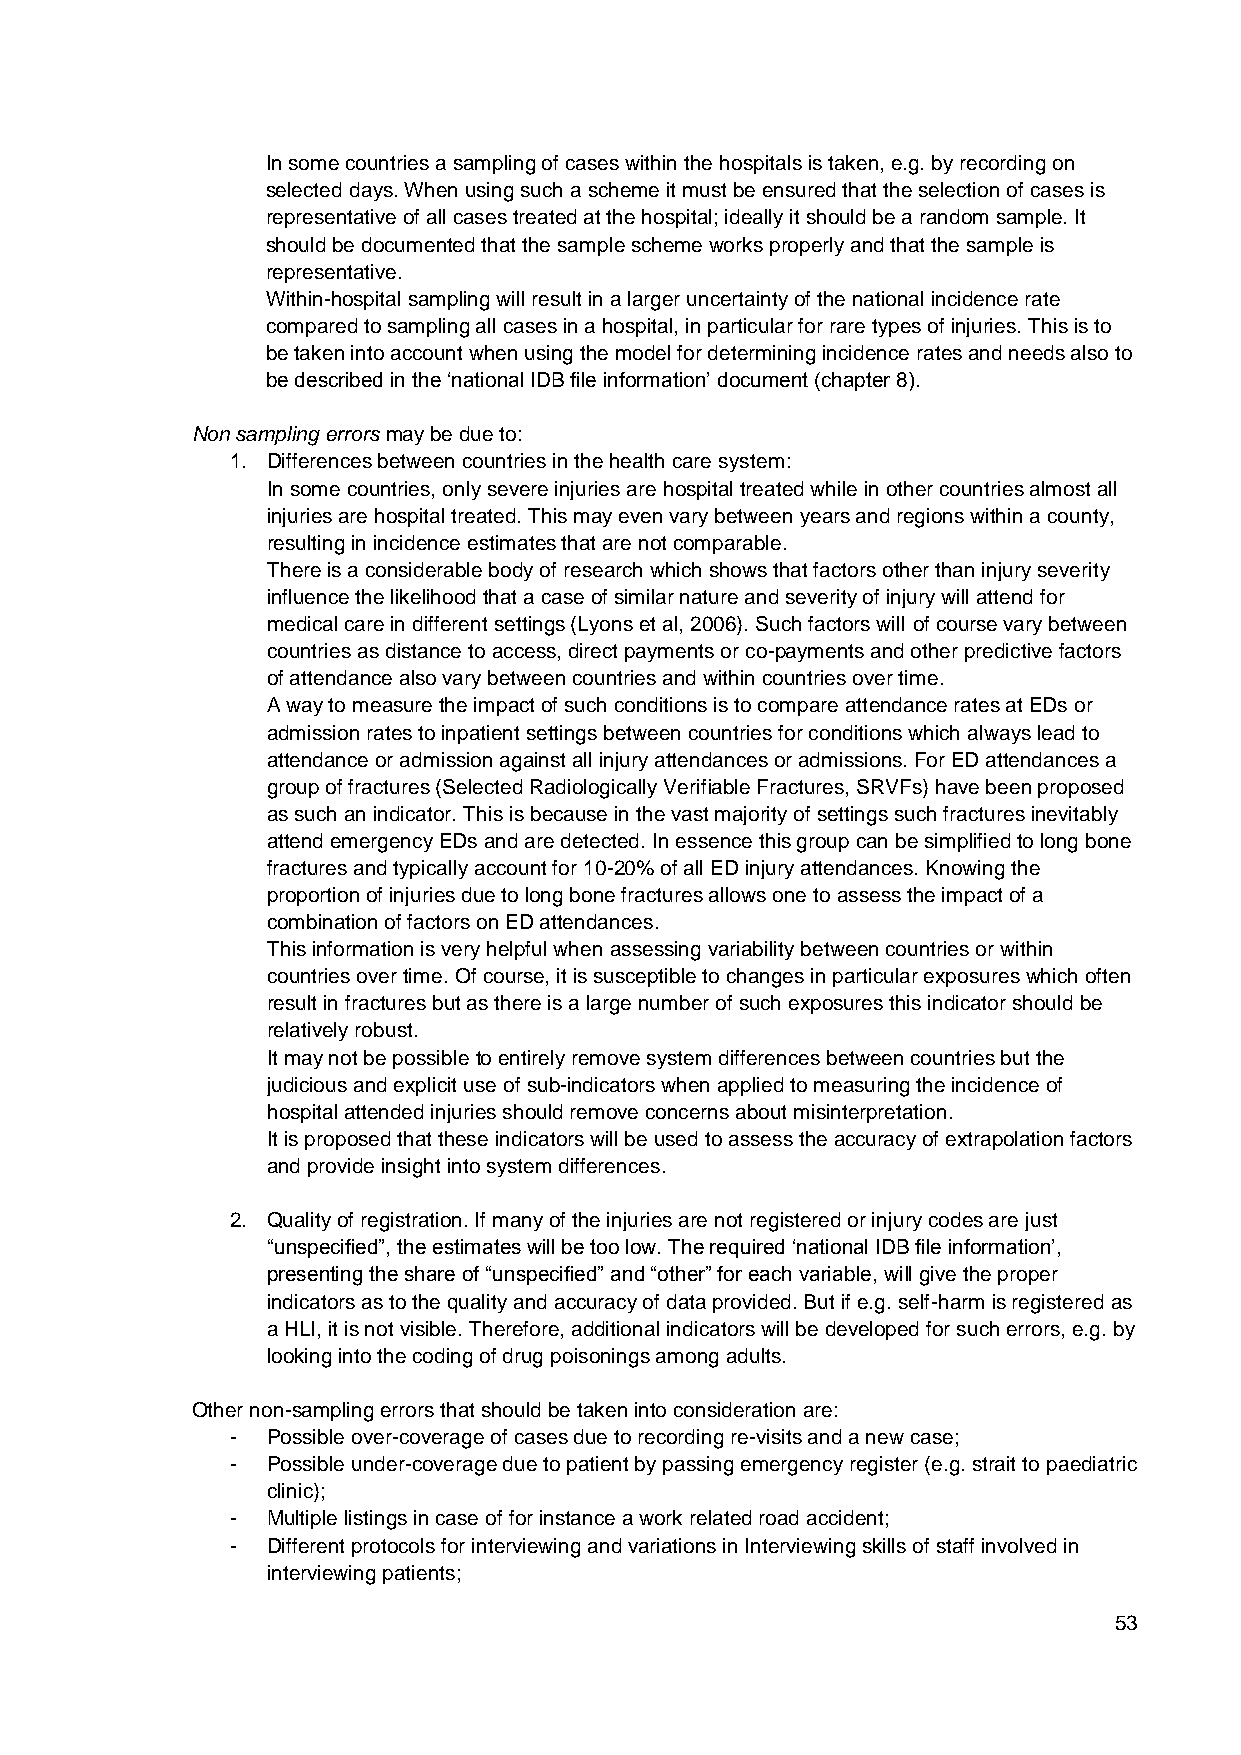
In some countries a sampling of cases within the hospitals is taken, e.g. by recording on
 selected days. When using such a scheme it must be ensured that the selection of cases is
 representative of all cases treated at the hospital; ideally it should be a random sample. It
 should be documented that the sample scheme works properly and that the sample is
 representative.
 Within-hospital sampling will result in a larger uncertainty of the national incidence rate
 compared to sampling all cases in a hospital, in particular for rare types of injuries. This is to
 be taken into account when using the model for determining incidence rates and needs also to
 be described in the ‘national IDB file information’ document (chapter 8).
 Non sampling errors may be due to:
 1. Differences between countries in the health care system:
 In some countries, only severe injuries are hospital treated while in other countries almost all
 injuries are hospital treated. This may even vary between years and regions within a county,
 resulting in incidence estimates that are not comparable.
 There is a considerable body of research which shows that factors other than injury severity
 influence the likelihood that a case of similar nature and severity of injury will attend for
 medical care in different settings (Lyons et al, 2006). Such factors will of course vary between
 countries as distance to access, direct payments or co-payments and other predictive factors
 of attendance also vary between countries and within countries over time.
 A way to measure the impact of such conditions is to compare attendance rates at EDs or
 admission rates to inpatient settings between countries for conditions which always lead to
 attendance or admission against all injury attendances or admissions. For ED attendances a
 group of fractures (Selected Radiologically Verifiable Fractures, SRVFs) have been proposed
 as such an indicator. This is because in the vast majority of settings such fractures inevitably
 attend emergency EDs and are detected. In essence this group can be simplified to long bone
 fractures and typically account for 10-20% of all ED injury attendances. Knowing the
 proportion of injuries due to long bone fractures allows one to assess the impact of a
 combination of factors on ED attendances.
 This information is very helpful when assessing variability between countries or within
 countries over time. Of course, it is susceptible to changes in particular exposures which often
 result in fractures but as there is a large number of such exposures this indicator should be
 relatively robust.
 It may not be possible to entirely remove system differences between countries but the
 judicious and explicit use of sub-indicators when applied to measuring the incidence of
 hospital attended injuries should remove concerns about misinterpretation.
 It is proposed that these indicators will be used to assess the accuracy of extrapolation factors
 and provide insight into system differences.
 2. Quality of registration. If many of the injuries are not registered or injury codes are just
 “unspecified”, the estimates will be too low. The required ‘national IDB file information’,
 presenting the share of “unspecified” and “other” for each variable, will give the proper
 indicators as to the quality and accuracy of data provided. But if e.g. self-harm is registered as
 a HLI, it is not visible. Therefore, additional indicators will be developed for such errors, e.g. by
 looking into the coding of drug poisonings among adults.
 Other non-sampling errors that should be taken into consideration are:
 -  Possible over-coverage of cases due to recording re-visits and a new case;
 -  Possible under-coverage due to patient by passing emergency register (e.g. strait to paediatric
 clinic);
 -  Multiple listings in case of for instance a work related road accident;
 -  Different protocols for interviewing and variations in Interviewing skills of staff involved in
 interviewing patients;
 53